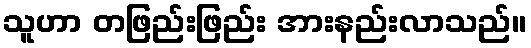
သူဟာ တဖြည်းဖြည်း အားနည်းလာသည်။